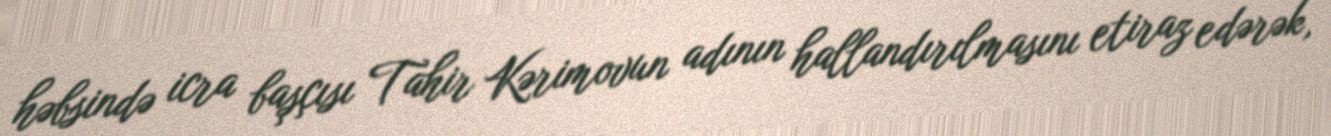
həbsində icra başçısı Tahir Kərimovun adının hallandırılmasını etiraz edərək,